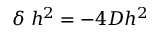
\delta \; h ^ { 2 } = - 4 D h ^ { 2 }